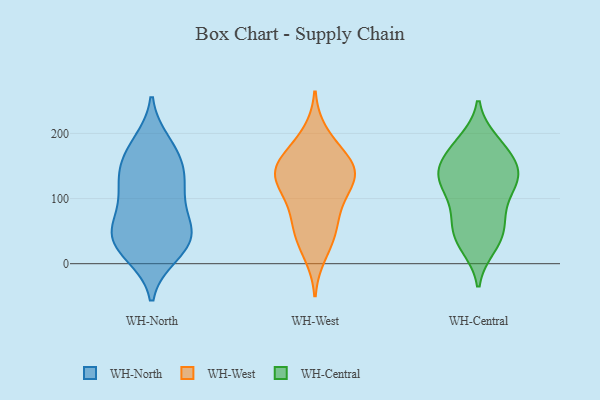
{"axis": {"x": "Inventory Turnover", "y": "Value"}, "legend": ["WH-Central", "WH-North", "WH-West"], "data": [{"x": "", "y": 134, "type": "WH-North"}, {"x": "", "y": 104, "type": "WH-North"}, {"x": "", "y": 45, "type": "WH-North"}, {"x": "", "y": 14, "type": "WH-North"}, {"x": "", "y": 161, "type": "WH-North"}, {"x": "", "y": 41, "type": "WH-North"}, {"x": "", "y": 13, "type": "WH-North"}, {"x": "", "y": 25, "type": "WH-North"}, {"x": "", "y": 47, "type": "WH-North"}, {"x": "", "y": 186, "type": "WH-North"}, {"x": "", "y": 62, "type": "WH-North"}, {"x": "", "y": 155, "type": "WH-North"}, {"x": "", "y": 118, "type": "WH-North"}, {"x": "", "y": 104, "type": "WH-North"}, {"x": "", "y": 68, "type": "WH-North"}, {"x": "", "y": 138, "type": "WH-North"}, {"x": "", "y": 182, "type": "WH-North"}, {"x": "", "y": 44, "type": "WH-North"}, {"x": "", "y": 41, "type": "WH-West"}, {"x": "", "y": 200, "type": "WH-West"}, {"x": "", "y": 149, "type": "WH-West"}, {"x": "", "y": 153, "type": "WH-West"}, {"x": "", "y": 48, "type": "WH-West"}, {"x": "", "y": 136, "type": "WH-West"}, {"x": "", "y": 128, "type": "WH-West"}, {"x": "", "y": 87, "type": "WH-West"}, {"x": "", "y": 120, "type": "WH-West"}, {"x": "", "y": 156, "type": "WH-West"}, {"x": "", "y": 60, "type": "WH-West"}, {"x": "", "y": 128, "type": "WH-West"}, {"x": "", "y": 179, "type": "WH-West"}, {"x": "", "y": 14, "type": "WH-West"}, {"x": "", "y": 92, "type": "WH-West"}, {"x": "", "y": 144, "type": "WH-West"}, {"x": "", "y": 136, "type": "WH-Central"}, {"x": "", "y": 30, "type": "WH-Central"}, {"x": "", "y": 56, "type": "WH-Central"}, {"x": "", "y": 126, "type": "WH-Central"}, {"x": "", "y": 111, "type": "WH-Central"}, {"x": "", "y": 181, "type": "WH-Central"}, {"x": "", "y": 137, "type": "WH-Central"}, {"x": "", "y": 58, "type": "WH-Central"}, {"x": "", "y": 154, "type": "WH-Central"}, {"x": "", "y": 85, "type": "WH-Central"}, {"x": "", "y": 139, "type": "WH-Central"}, {"x": "", "y": 166, "type": "WH-Central"}, {"x": "", "y": 140, "type": "WH-Central"}, {"x": "", "y": 103, "type": "WH-Central"}, {"x": "", "y": 66, "type": "WH-Central"}, {"x": "", "y": 37, "type": "WH-Central"}, {"x": "", "y": 185, "type": "WH-Central"}, {"x": "", "y": 26, "type": "WH-Central"}, {"x": "", "y": 188, "type": "WH-Central"}, {"x": "", "y": 132, "type": "WH-Central"}]}